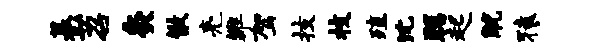
摹苕灸散亮雒驾技枝殖沈聪起觥猿